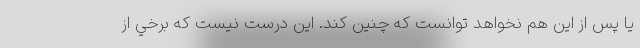
يا پس از اين هم نخواهد توانست كه چنين كند. اين درست نيست كه برخي از